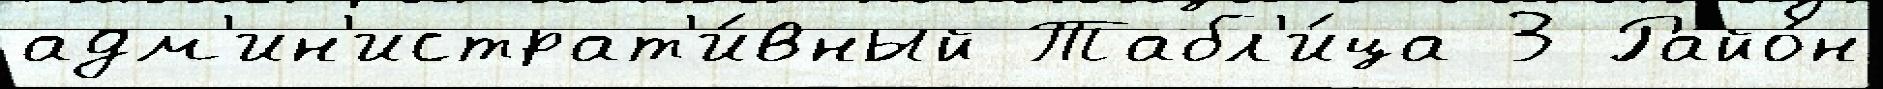
адм'ин'истрат'и́вный Табл'и́ца 3 Райо́н